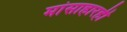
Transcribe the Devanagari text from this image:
मांसाहारही